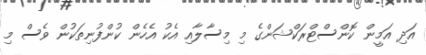
އަދި އަމީން ކޮންސްޓްރަކްޝަންގެ މި މިސާލާއި އެކު އެހެން ކުންފުނިތަކުން ވެސް މި